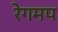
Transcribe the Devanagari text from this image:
रेगमप